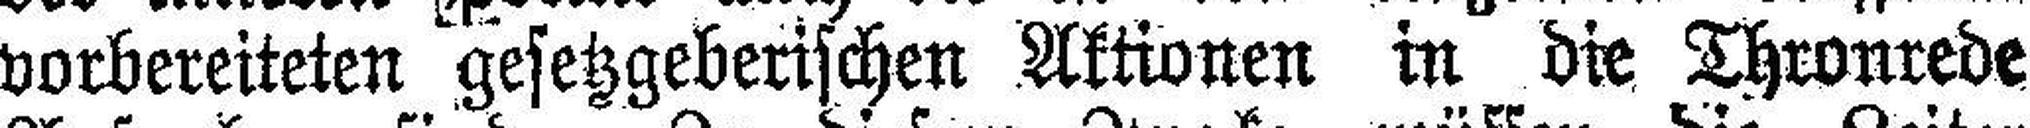
vorbereiteten gesetzgeberischen Aktionen in die Thronrede